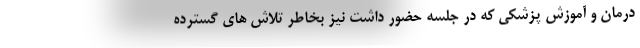
درمان و آموزش پزشکی که در جلسه حضور داشت نیز بخاطر تلاش های گسترده